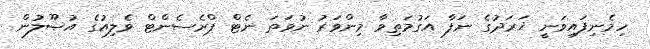
ހިމެނިފައިވަނީ ޚަރަދުގެ ނަފާ އަގުމަތިވާ މިންވަރު ނުވަތަ ނެޓް ޕްރެސެންޓް ވެލިއުގެ އުޞޫލުން